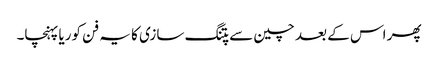
پھر اس کے بعد چین سے پتنگ سازی کا یہ فن کوریا پہنچا۔